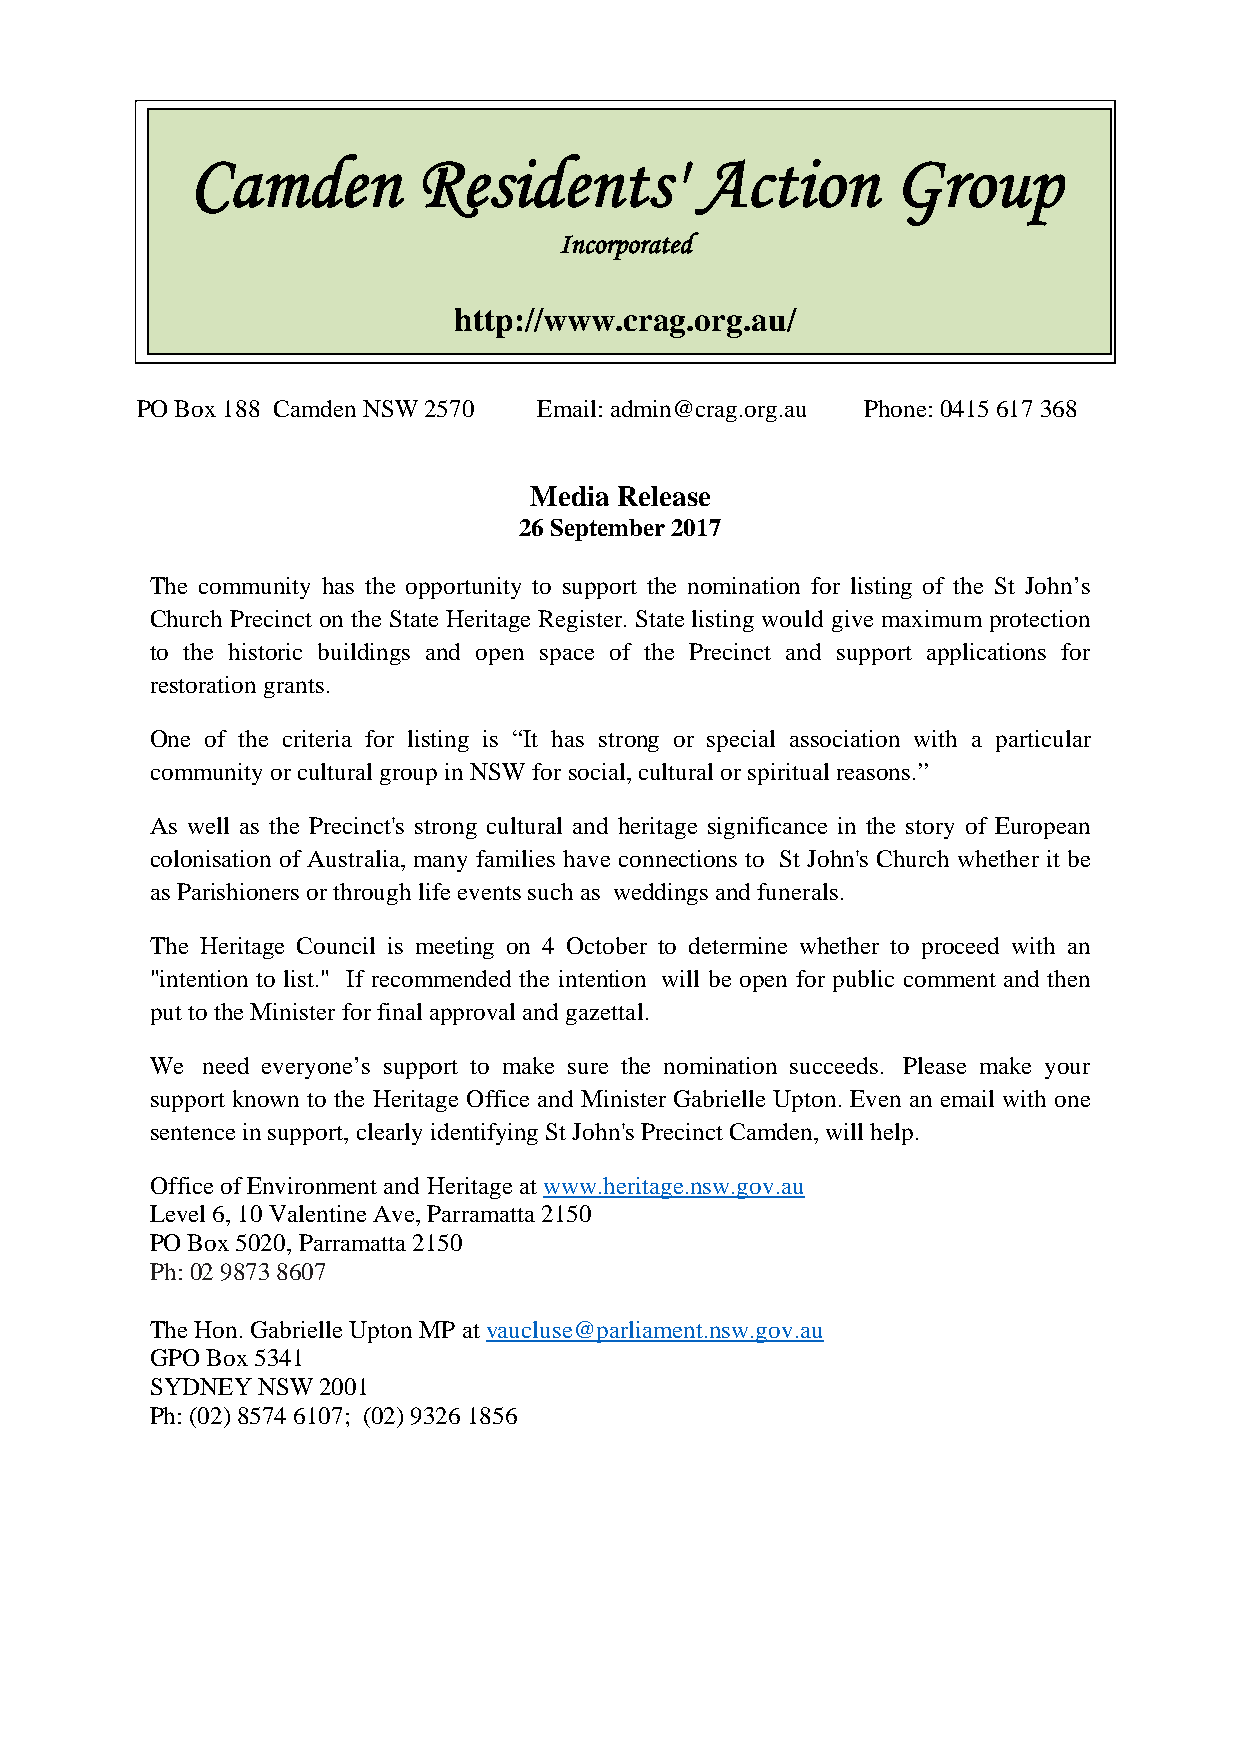
Camden         Residents'        Action       Group
 Incorporated
 http://www.crag.org.au/
 PO Box 188 Camden NSW 2570 Email: admin@crag.org.au Phone: 0415 617 368
 Media Release
 26 September 2017
 The community has the opportunity to support the nomination for listing of the St John’s
 Church Precinct on the State Heritage Register. State listing would give maximum protection
 to the historic buildings and open space of the Precinct and support applications for
 restoration grants.
 One of the criteria for listing is “It has strong or special association with a particular
 community or cultural group in NSW for social, cultural or spiritual reasons.”
 As well as the Precinct's strong cultural and heritage significance in the story of European
 colonisation of Australia, many families have connections to St John's Church whether it be
 as Parishioners or through life events such as weddings and funerals.
 The Heritage Council is meeting on 4 October to determine whether to proceed with an
 "intention to list." If recommended the intention will be open for public comment and then
 put to the Minister for final approval and gazettal.
 We need everyone’s support to make sure the nomination succeeds. Please make your
 support known to the Heritage Office and Minister Gabrielle Upton. Even an email with one
 sentence in support, clearly identifying St John's Precinct Camden, will help.
 Office of Environment and Heritage at www.heritage.nsw.gov.au
 Level 6, 10 Valentine Ave, Parramatta 2150
 PO Box 5020, Parramatta 2150
 Ph: 02 9873 8607
 The Hon. Gabrielle Upton MP at vaucluse@parliament.nsw.gov.au
 GPO Box 5341
 SYDNEY NSW 2001
 Ph: (02) 8574 6107; (02) 9326 1856